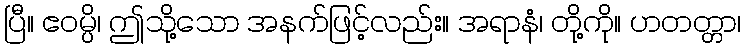
ပြီ။ ဧဝမ္ပိ၊ ဤသို့သော အနက်ဖြင့်လည်း။ အရာနံ၊ တို့ကို။ ဟတတ္တာ၊